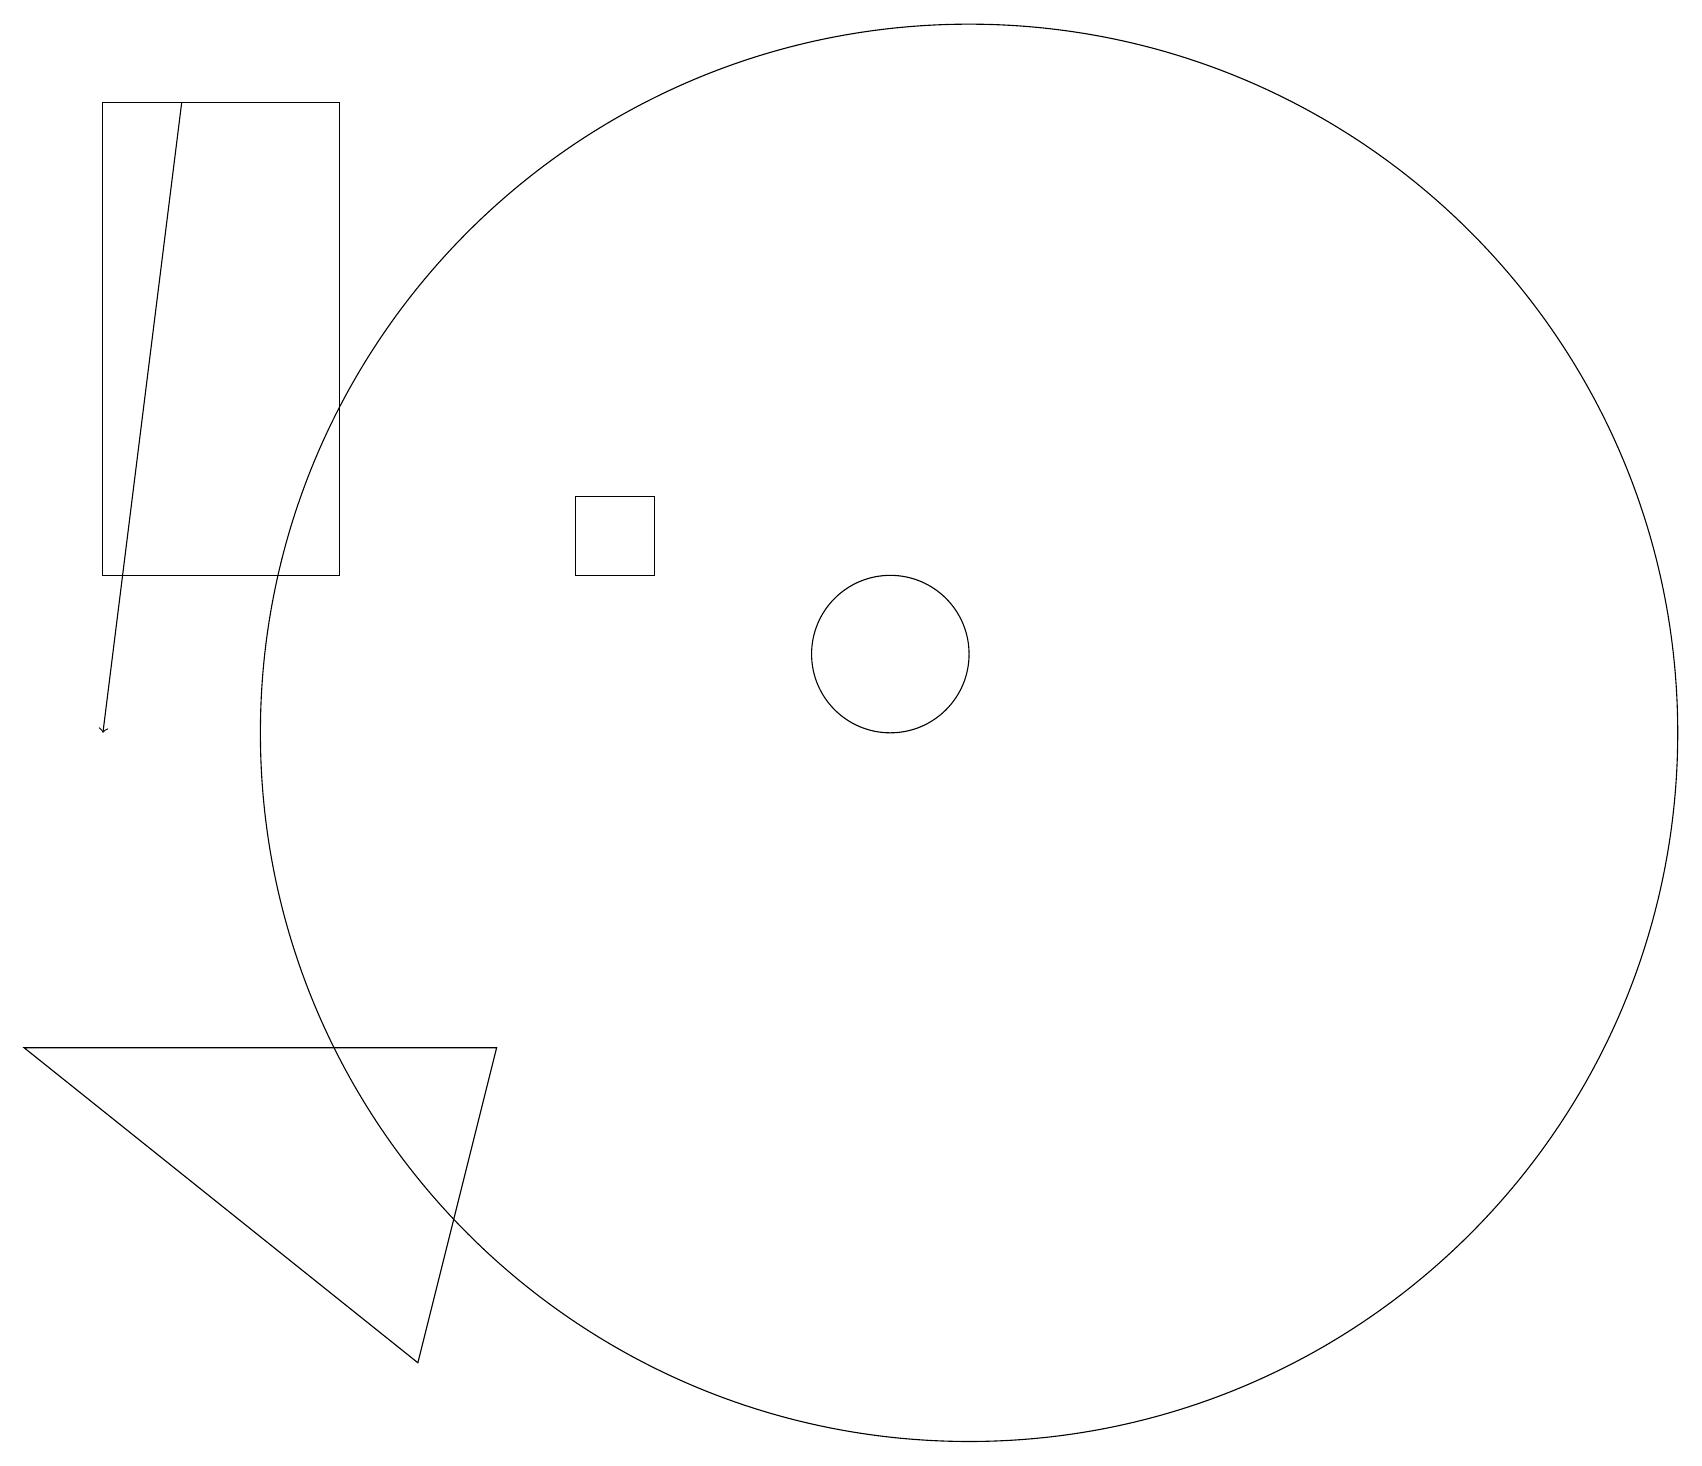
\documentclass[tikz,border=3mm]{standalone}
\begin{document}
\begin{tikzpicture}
\draw (7,14) rectangle (8,13);
\draw (4,19) rectangle (1,13);
\draw (11,12) circle (1);
\draw (12,11) circle (9);
\draw (0,7) -- (5,3) -- (6,7) -- cycle;
\draw[->] (2,19) -- (1,11);
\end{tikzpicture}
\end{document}